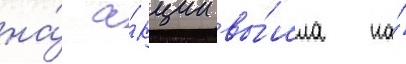
на́ а́кции вы́шла на́